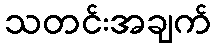
သတင်းအချက်